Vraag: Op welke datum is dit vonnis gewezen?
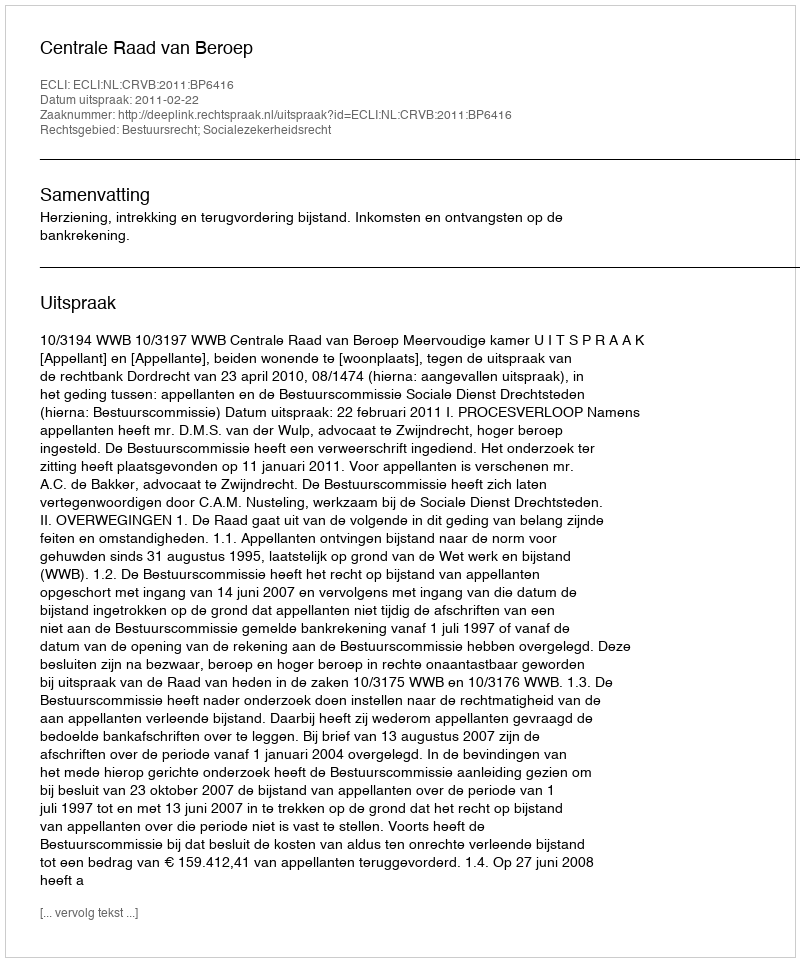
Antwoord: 2011-02-22